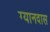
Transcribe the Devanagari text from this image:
ग्यानदास